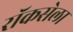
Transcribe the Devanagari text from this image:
रॉकसेला